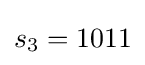
s_{3}=1011